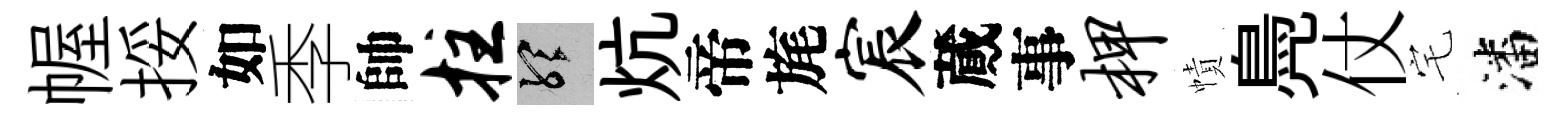
幄挼如季帥拄聽炕帝旄宸蕆事柙幘鳧仗宅潘